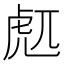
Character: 𰲜